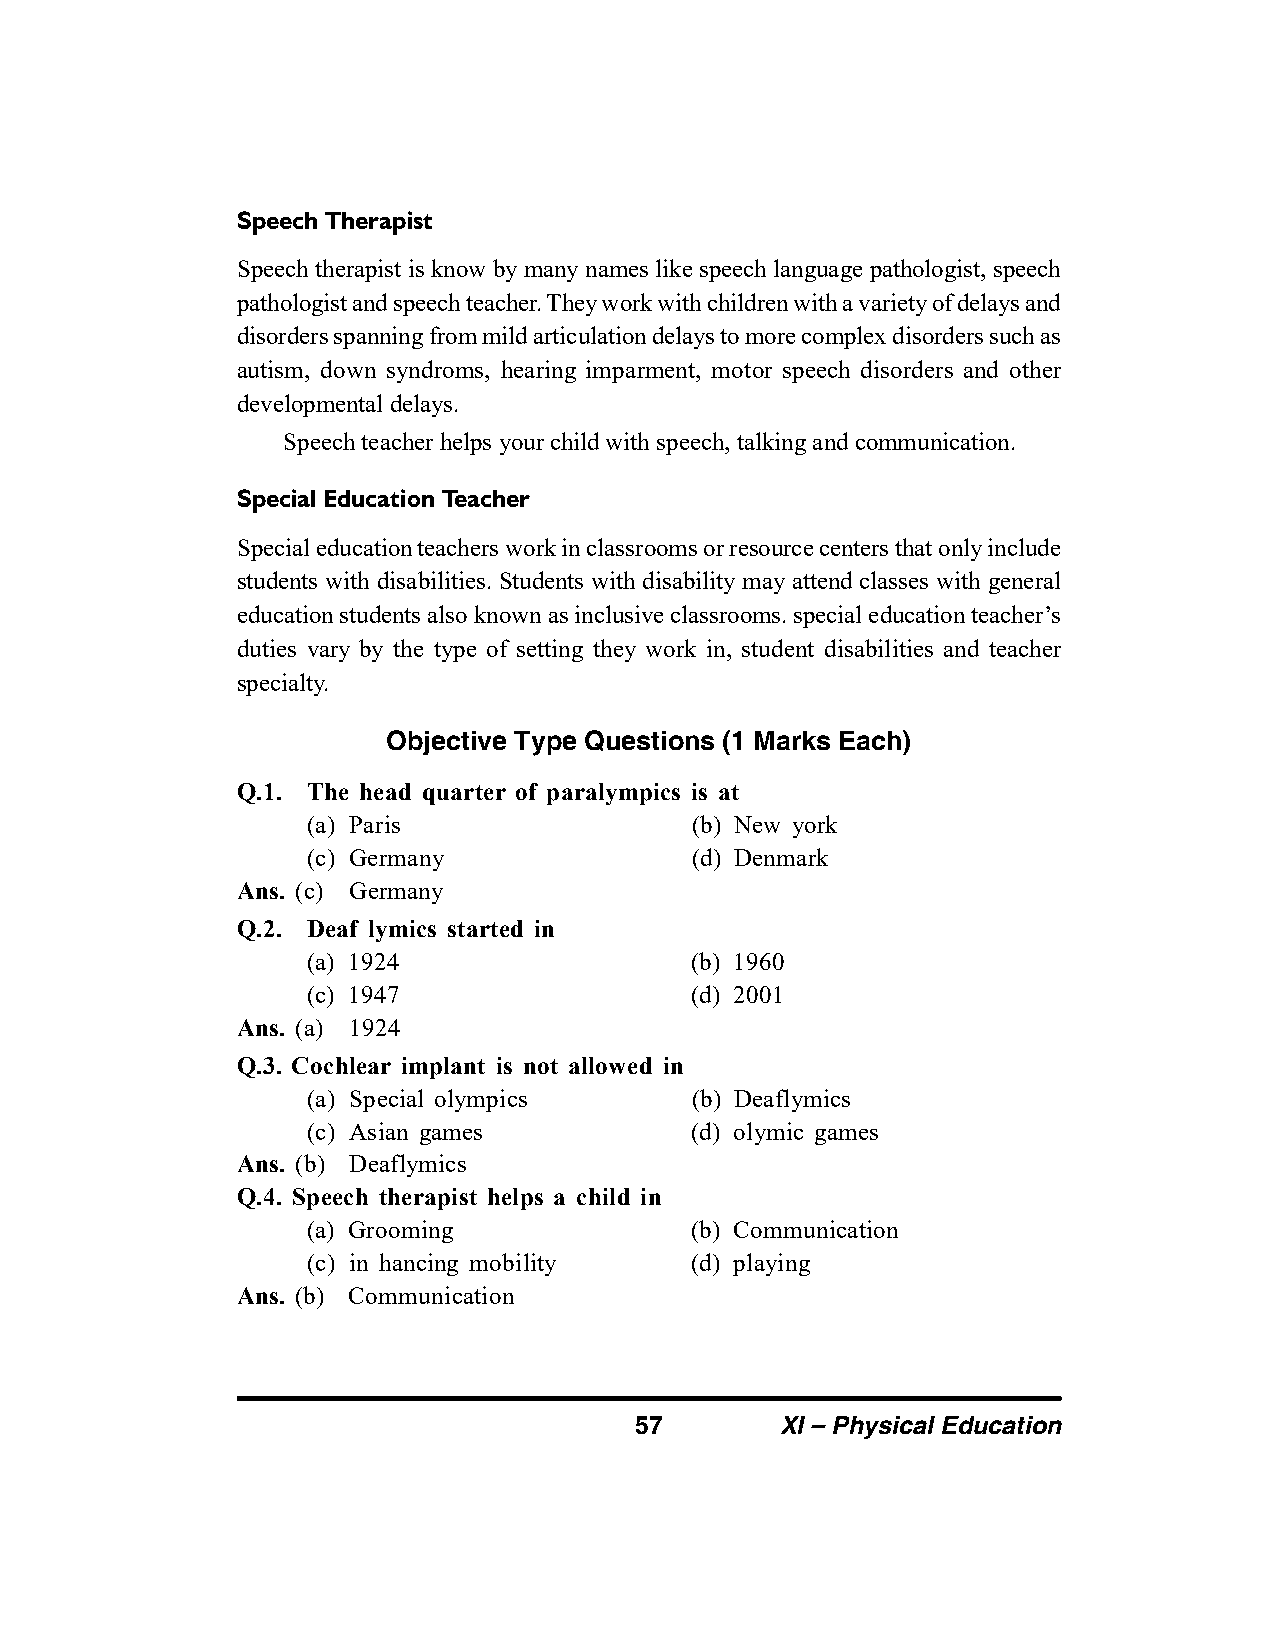
Speech Therapist
 Speech therapist is know by many names like speech language pathologist, speech
 pathologist and speech teacher. They work with children with a variety of delays and
 disorders spanning from mild articulation delays to more complex disorders such as
 autism, down syndroms, hearing imparment, motor speech disorders and other
 developmental delays.
 Speech teacher helps your child with speech, talking and communication.
 Special Education Teacher
 Special education teachers work in classrooms or resource centers that only include
 students with disabilities. Students with disability may attend classes with general
 education students also known as inclusive classrooms. special education teacher’s
 duties vary by the type of setting they work in, student disabilities and teacher
 specialty.
 Objective Type Questions (1 Marks Each)
 Q.1. The head quarter of paralympics is at
 (a) Paris                 (b) New york
 (c) Germany               (d) Denmark
 Ans. (c) Germany
 Q.2. Deaf lymics started in
 (a) 1924                  (b) 1960
 (c) 1947                  (d) 2001
 Ans. (a) 1924
 Q.3. Cochlear implant is not allowed in
 (a) Special olympics      (b) Deaflymics
 (c) Asian games           (d) olymic games
 Ans. (b) Deaflymics
 Q.4. Speech therapist helps a child in
 (a) Grooming              (b) Communication
 (c) in hancing mobility   (d) playing
 Ans. (b) Communication
 57        XI – Physical Education